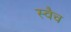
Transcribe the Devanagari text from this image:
स्वैच